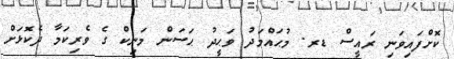
ކޮށްފައިވަނި ރައީސް ޑރ. މުޙައްމަދު ވަޙީދު ޙަސަން މަނިކް ގެ ވެރިކަމާ ދެކޮޅަށް